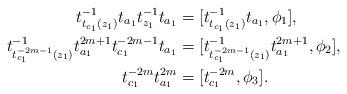
LaTeX: \begin{align*}t_{t_{c_1}(z_1)}^{-1} t_{a_1} t_{z_1}^{-1} t_{a_1} &= [t_{t_{c_1}(z_1)}^{-1} t_{a_1}, \phi_1], \\t_{t_{c_1}^{-2m-1}(z_1)}^{-1} t_{a_1}^{2m+1} t_{c_1}^{-2m-1} t_{a_1} &= [t_{t_{c_1}^{-2m-1}(z_1)}^{-1} t_{a_1}^{2m+1}, \phi_2], \\t_{c_1}^{-2m} t_{a_1}^{2m} &= [t_{c_1}^{-2m}, \phi_3]. \end{align*}